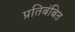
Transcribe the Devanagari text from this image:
प्रतिबंबित